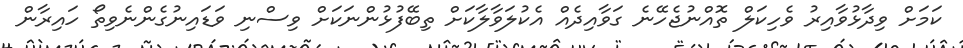
ކަމަށް ވިދާޅުވާއިރު ވެހިކަލް ތޮއްނުޖެހޭނެ ގަވާއިދެއް އެކުލަވާލާކަށް ތިބޭފުޅުންނަކަށް ވިސްނި ވަޑައިނުގެންނެވިތޯ ހައިރާން